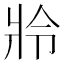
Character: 𤕵